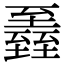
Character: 𦥏